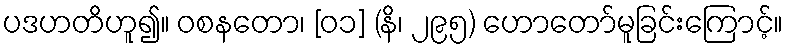
ပဒဟတိဟူ၍။ ဝစနတော၊ [၀၁] (နိ၊ ၂၉၅) ဟောတော်မူခြင်းကြောင့်။